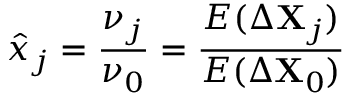
\hat { x } _ { j } = \frac { \nu _ { j } } { \nu _ { 0 } } = \frac { E ( \Delta \mathbf { X } _ { j } ) } { E ( \Delta \mathbf { X } _ { 0 } ) }